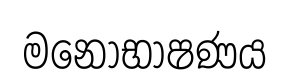
මනෝභාෂණය